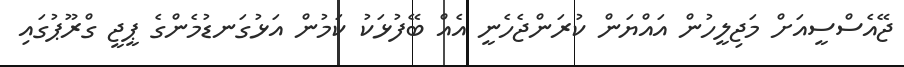
ޖޭއެސްސީއަށް މަޖިލީހުން އައްޔަން ކުރަންޖެހެނީ އެއް ބޭފުޅަކު ކަމުން އަޅުގަނޑުމެންގެ ޕީޖީ ގްރޫޕުގައި